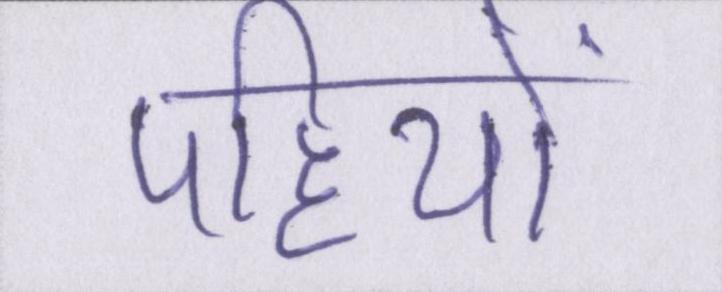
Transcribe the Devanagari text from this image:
पहियों